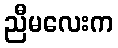
ညီမလေးက